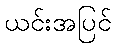
ယင်းအပြင်